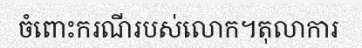
ចំពោះករណីរបស់លោក។តុលាការ